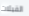
القبلات